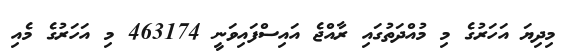
މިދިޔަ އަހަރުގެ މި މުއްދަތުގައި ރާއްޖެ އައިސްފައިވަނީ 463174 މި އަހަރުގެ މެއި